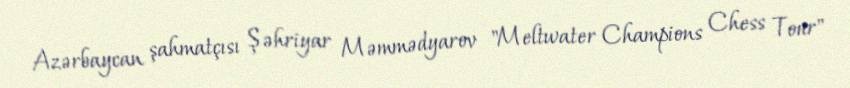
Azərbaycan şahmatçısı Şəhriyar Məmmədyarov "Meltwater Champions Chess Tour"